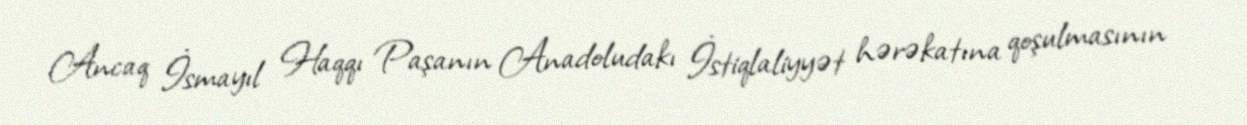
Ancaq İsmayıl Haqqı Paşanın Anadoludakı İstiqlaliyyət hərəkatına qoşulmasının